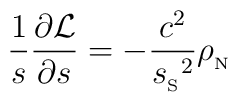
{1\over s}{\partial{\cal L}\over\partial s}=     -{c^2\over{s_{_{\rm S}}}^2}{\rho_{_{\rm N}}}